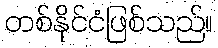
တစ်နိုင်ငံဖြစ်သည်။